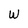
Character: W